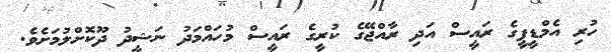
ހުރި އެމްޑީޕީގެ ރައީސް އަދި ރާއްޖޭގެ ކުރީގެ ރައީސް މުހައްމަދު ނަޝީދު ދޫކޮށްލުމަށެވެ.